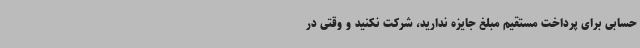
‌حسابی برای پرداخت مستقیم مبلغ جایزه ندارید، شرکت نکنید و وقتی در